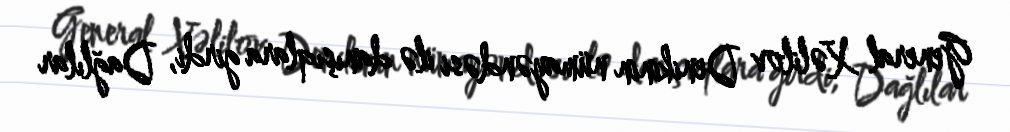
General Xəlilov Denikinin nümayəndəsi ilə danışıqlara girdi, Dağlılar